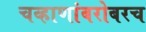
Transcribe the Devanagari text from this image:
चव्हाणांबरोबरच